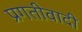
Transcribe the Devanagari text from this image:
प्रगतीवादी